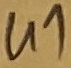
Text: U1